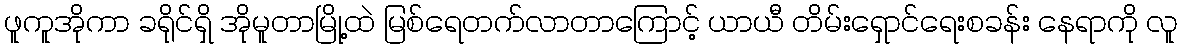
ဖူကူအိုကာ ခရိုင်ရှိ အိုမူတာမြို့ထဲ မြစ်ရေတက်လာတာကြောင့် ယာယီ တိမ်းရှောင်ရေးစခန်း နေရာကို လူ